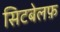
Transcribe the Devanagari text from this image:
सिटबेलफ़